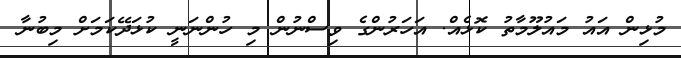
މުޅިން އައު މައުލޫމާތު ކޮޅެއް. އަހަރުންގެ ވިސްނުން މި ހުންނަނީ ކުޅަދޭކަމަށް މިބުނާ